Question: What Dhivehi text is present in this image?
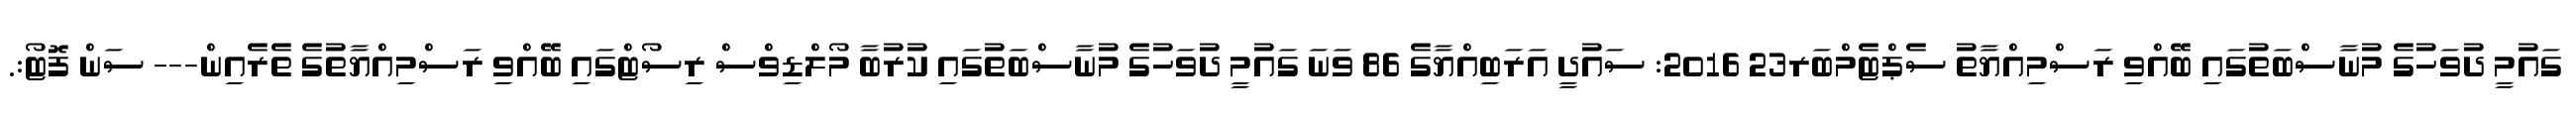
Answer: ގައުމީ ދުވަހުގެ މުނާސްބަތުގައި ބޭއްވި ރަސްމިއްޔާތު ސެޕްޓެމްބަރ23 2016: ސައުދީ އަރަބިއްޔާގެ 86 ވަނަ ގައުމީ ދުވަހުގެ މުނާސްބަތުގައި ކުރުބާ މޯލްޑިވްސް ރިސޯޓްގައި ބޭއްވި ރަސްމިއްޔާތުގެ ތެރެއިން--- ސަން ފޮޓޯ:.